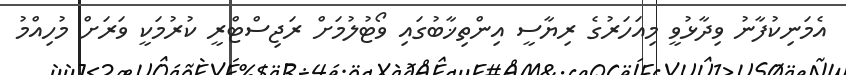
އެމަނިކުފާނު ވިދާޅުވީ މިއަހަރުގެ ރިޔާސީ އިންތިޚާބުގައި ވޯޓުލުމަށް ރަޖިސްޓްރީ ކުރުމަކީ ވަރަށް މުހިއްމު